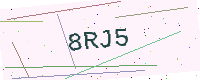
Text: 8RJ5